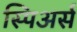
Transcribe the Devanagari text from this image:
स्पिअर्स